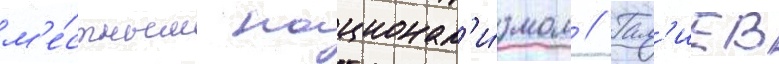
м'е́стным национал'и́змом // Гал'иев